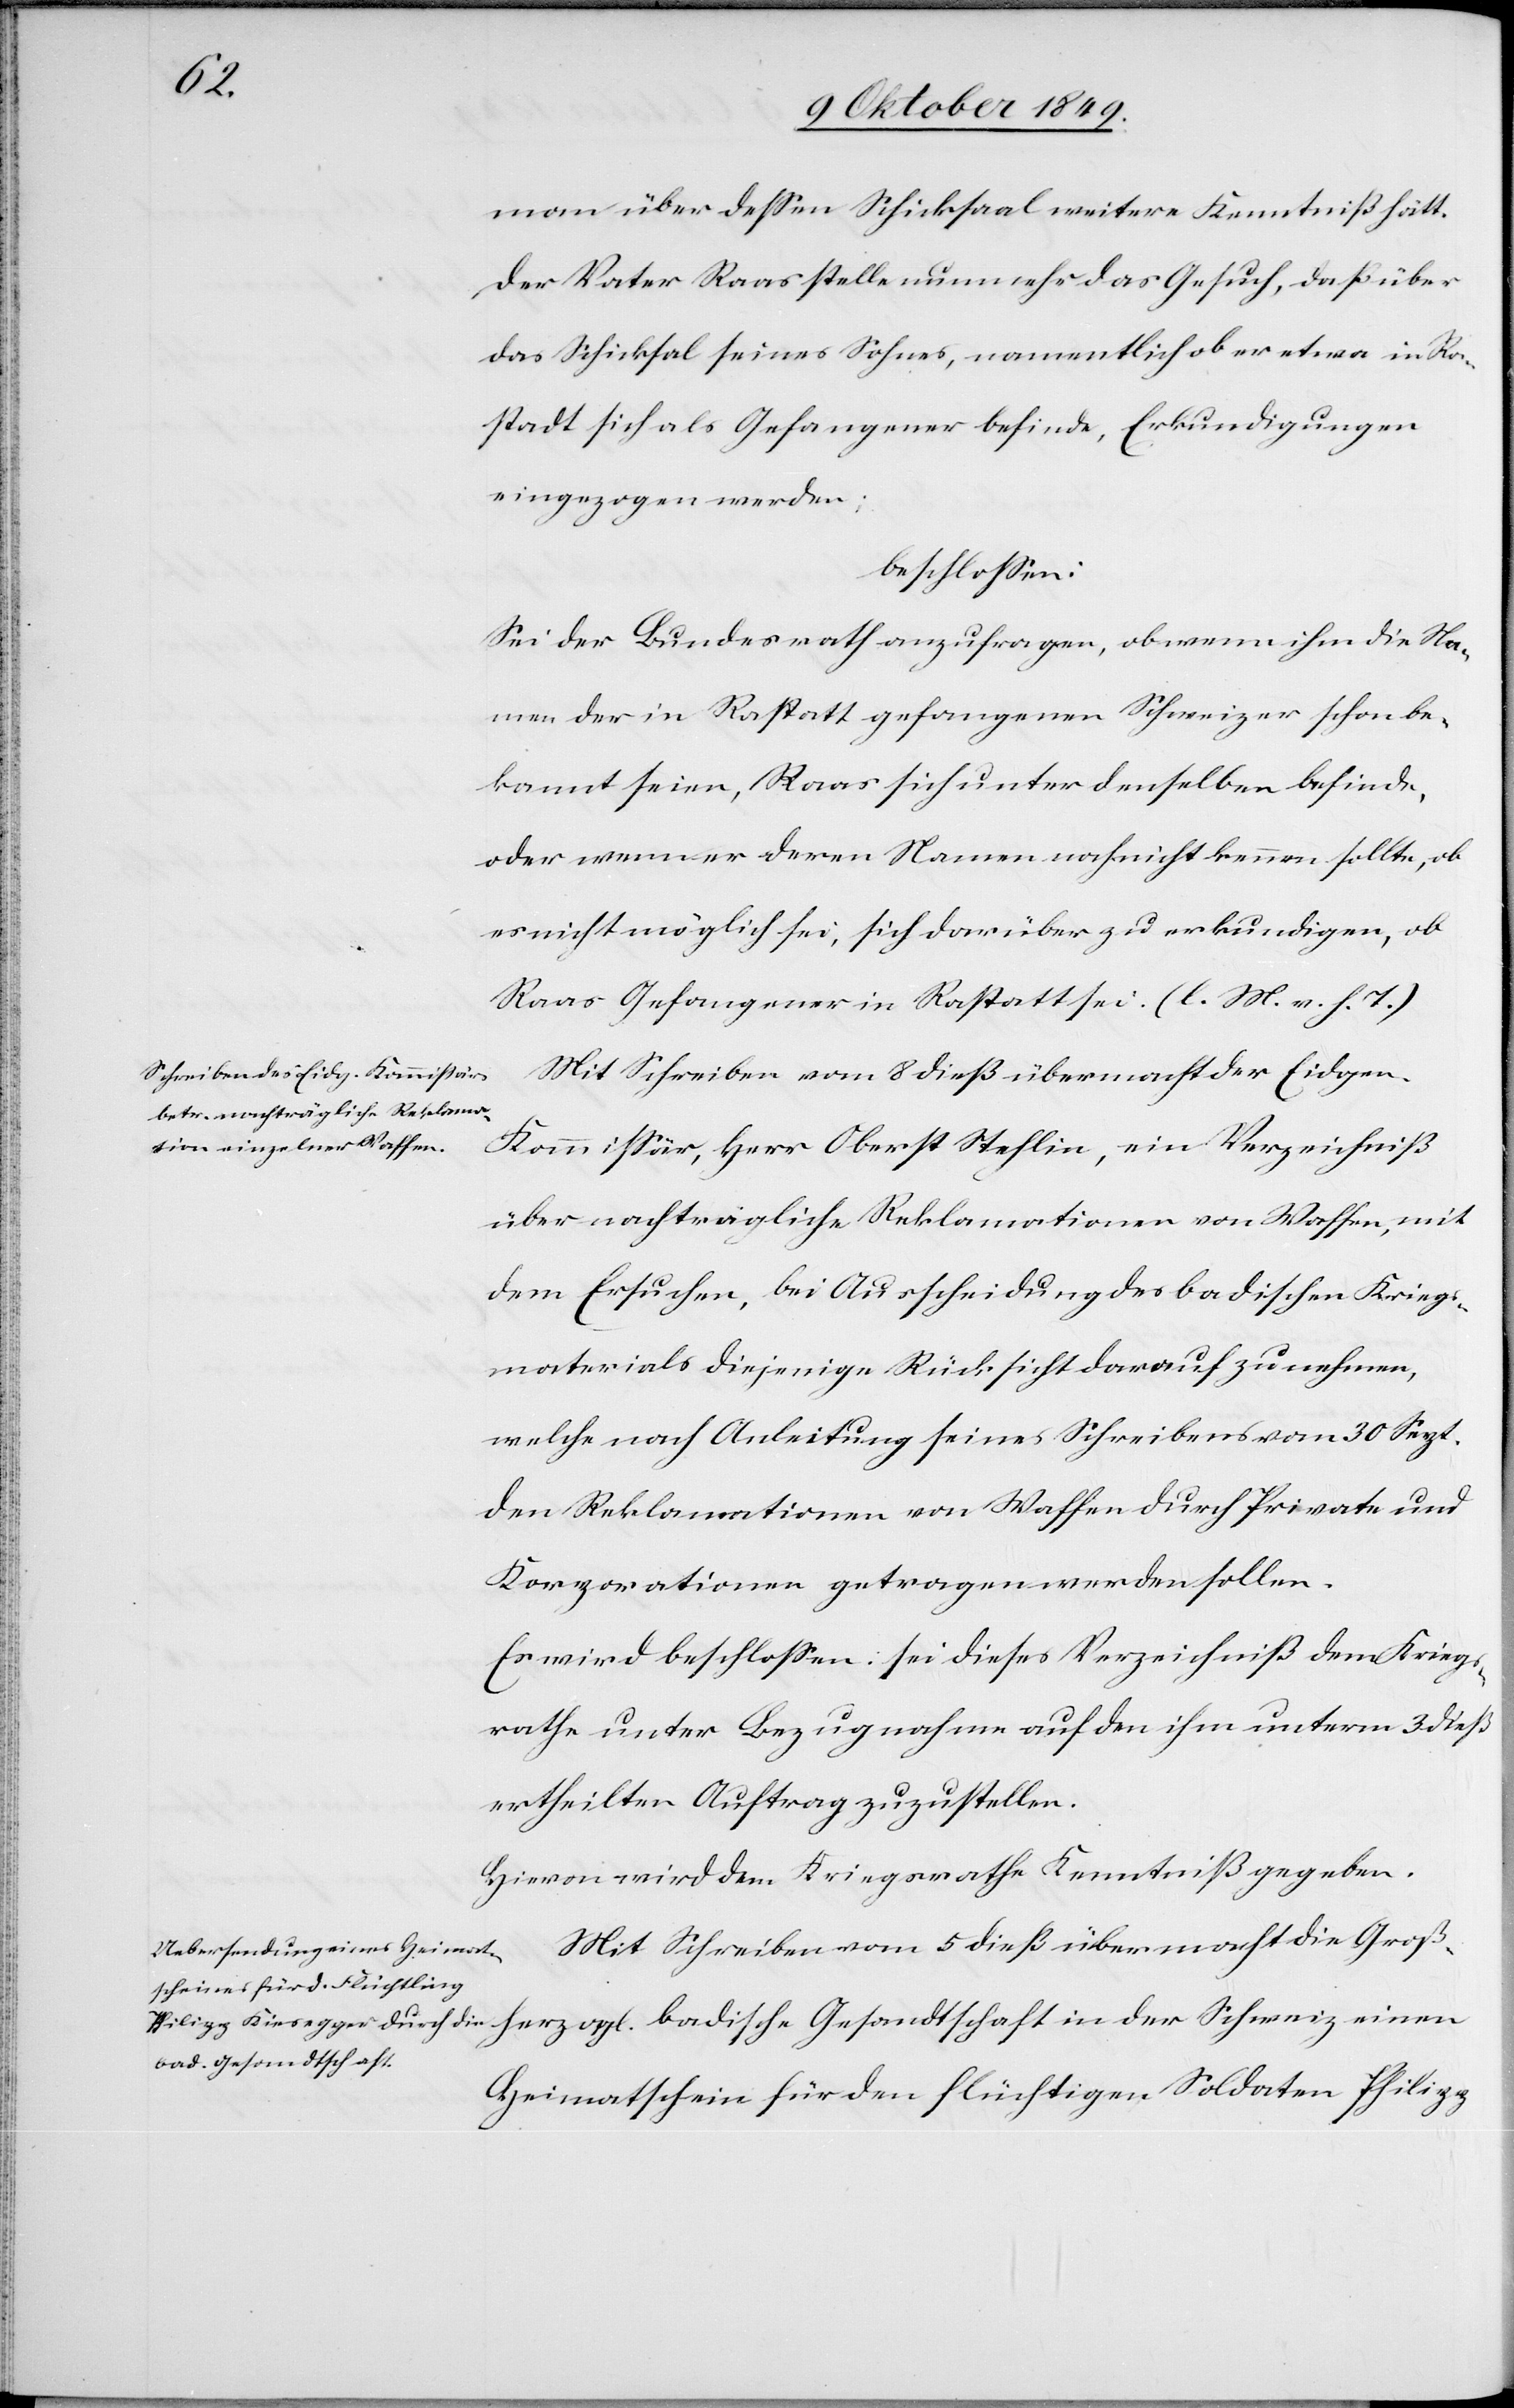
rzogl.

man über deßen Schicksal weitere Kenntniß hätt.
Der Vater Raas stelle nunmehr das Gesuch, daß über
das Schicksal seines Sohnes, namentlich ob er etwa in Ra¬
stadt sich als Gefangener befinde, Erkundigungen
eingezogen werden;
beschloßen:
Sei der Bundesrath anzufragen, ob wenn ihm die Na¬
men der in Rastatt [sic!] gefangenen Schweizer schon be¬
kannt seien, Raas sich unter denselben befinde,
oder wenn er deren Namen noch nicht kenne sollte, ob
es nicht möglich sei, sich darüber zu erkundigen, ob
Raas Gefangener in Rastatt sei. [l. M. v. h. T]
Mit Schreiben vom 8 dieß übermacht der Eidgen.
Kommißär, Herr Oberst Stehlin, ein Verzeichniß
über nachträgliche Reklamationen von Waffen, mit
dem Ersuchen, bei Ausscheidung des badischen Kriegs¬
materials diejenige Rücksicht darauf zu nehmen,
welche nach Anleitung seines Schreibens vom 30 Sept.
den Reklamationen von Waffen durch Private und
Korporationen getragen werden sollen.
Es wird beschloßen: sei dieses Verzeichniß dem Kriegs¬
rathe unter Bezugnahme auf den ihm unterm 3 dieß
ertheilten Auftrag zuzustellen.
Hievon wird dem Kriegsrathe Kenntniß gegeben.
Mit Schreiben vom 5 dieß übermacht die Großhe¬
badische Gesandtschaft
Heimatschein für den flüchtigen Soldaten Philipp